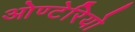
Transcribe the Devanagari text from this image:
ओण्टेरियो